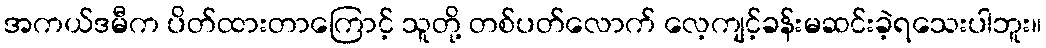
အကယ်ဒမီက ပိတ်ထားတာကြောင့် သူတို့ တစ်ပတ်လောက် လေ့ကျင့်ခန်းမဆင်းခဲ့ရသေးပါဘူး။